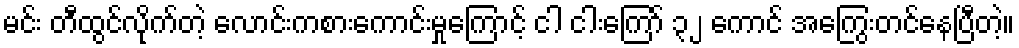
မင်း တီထွင်လိုက်တဲ့ လောင်းကစားကောင်းမှုကြောင့် ငါ ငါးကြော် ၃၂ ကောင် အကြွေးတင်နေပြီတဲ့။